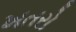
ખતરો